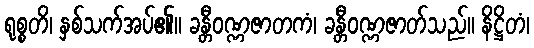
ရုစ္စတိ၊ နှစ်သက်အပ်၏။ ခန္တီဝဏ္ဏဇာတကံ၊ ခန္တီဝဏ္ဏဇာတ်သည်။ နိဋ္ဌိတံ၊